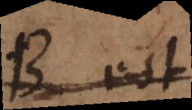
B est